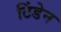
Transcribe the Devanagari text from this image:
टिंडेन